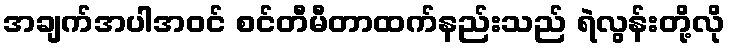
အချက်အပါအဝင် စင်တီမီတာထက်နည်းသည် ရဲလွန်းတို့လို